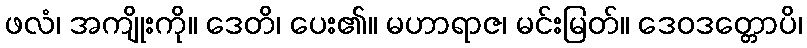
ဖလံ၊ အကျိုးကို။ ဒေတိ၊ ပေး၏။ မဟာရာဇ၊ မင်းမြတ်။ ဒေဝဒတ္တောပိ၊